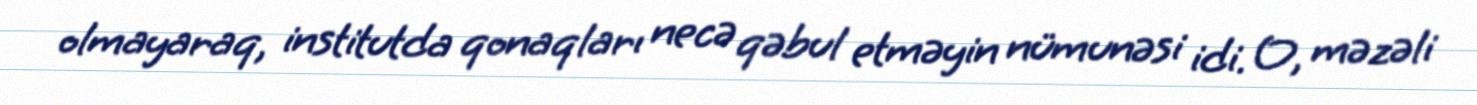
olmayaraq, institutda qonaqları necə qəbul etməyin nümunəsi idi. O, məzəli